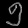
Digit: ၅